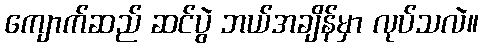
ကျောက်ဆည် ဆင်ပွဲ ဘယ်အချိန်မှာ လုပ်သလဲ။